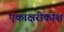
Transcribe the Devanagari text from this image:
एकाक्षरीकोश